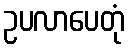
ဥပလာပေတုံ